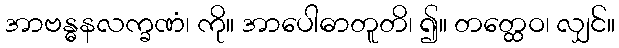
အာဗန္ဓနလက္ခဏံ၊ ကို။ အာပေါဓာတူတိ၊ ၍။ တတ္ထေဝ၊ လျှင်။